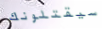
سيقتلونك